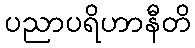
ပညာပရိဟာနီတိ